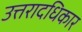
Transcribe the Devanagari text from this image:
उत्तरादधिकार